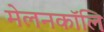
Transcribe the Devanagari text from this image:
मेलनकॉलि